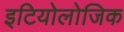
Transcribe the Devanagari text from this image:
इटियोलोजिक